Report of an investigation of the epidemic of malarial fever in Assam, or, kala-azar
Disease focus: Malaria
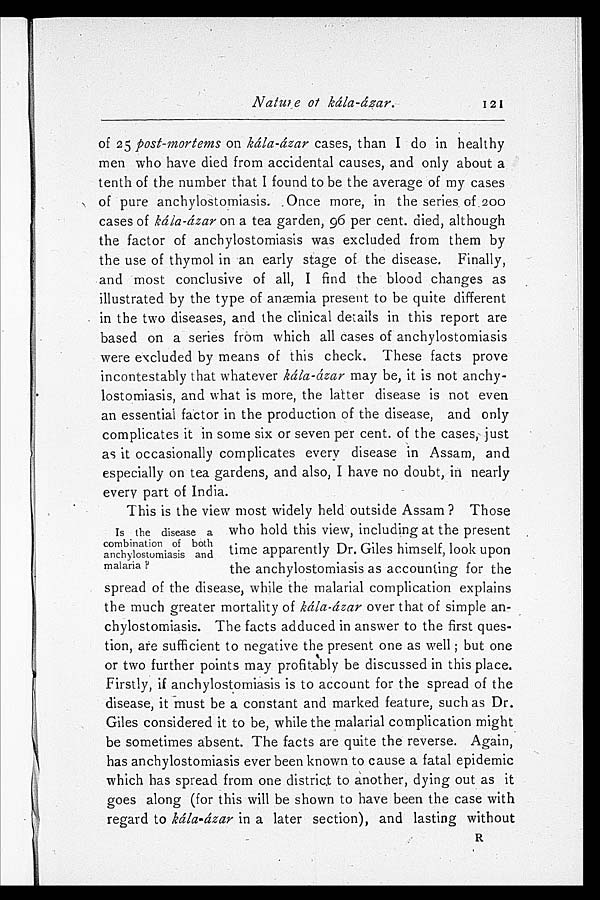
Nature of kála-ázar. 121
of 25 post-mortems on kála-ázar cases, than I do in healthy
men who have died from accidental causes, and only about a
tenth of the number that I found to be the average of my cases
of pure anchylostomiasis. Once more, in the series of 200
cases of kála-ázar on a tea garden, 96 per cent. died, although
the factor of anchylostomiasis was excluded from them by
the use of thymol in an early stage of the disease. Finally,
and most conclusive of all, I find the blood changes as
illustrated by the type of anæmia present to be quite different
in the two diseases, and the clinical details in this report are
based on a series from which all cases of anchylostomiasis
were excluded by means of this check. These facts prove
incontestably that whatever kála-ázar may be, it is not anchy-
lostomiasis, and what is more, the latter disease is not even
an essential factor in the production of the disease, and only
complicates it in some six or seven per cent. of the cases, just
as it occasionally complicates every disease in Assam, and
especially on tea gardens, and also, I have no doubt,, in nearly
e v e r y p a r t o f I n d i a .
This is the view most widely held outside Assam? Those
who hold this view, including at the present
time apparently Dr. Giles himself, look upon
the anchylostomiasis as accounting for the
spread of the disease, while the malarial complication explains
the much greater mortality of kála-ázar over that of simple an-
chylostomiasis. The facts adduced in answer to the first ques-
tion, ate sufficient to negative the present one as well; but one
or two further points may profitably be discussed in this place.
Firstly, if anchylostomiasis is to account for the spread of the
disease, it must be a constant and marked feature, such as Dr.
Giles considered it to be, while the malarial complication might
be sometimes absent. The facts are quite the reverse. Again,
has anchylostomiasis ever been known to cause a fatal epidemic
which has spread from one district to another, dying out as it
goes along (for this will be shown to have been the case with
regard to kála-ázar in a later section), and lasting without
R
Is the disease a
combination of both
anchylostomiasis and
malaria?